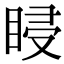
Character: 𥆷